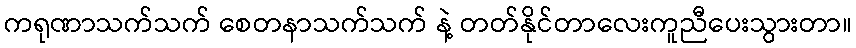
ကရုဏာသက်သက် စေတနာသက်သက် နဲ့ တတ်နိုင်တာလေးကူညီပေးသွားတာ။